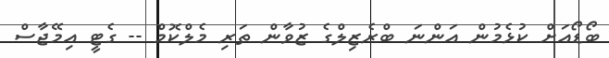
ބޯޑޯއަށް ކުޅެމުން އަންނަ ބްރެޒިލްގެ ޒުވާން ތަރި މެލްކޮމް -- ގެޓީ އިމޭޖާސް